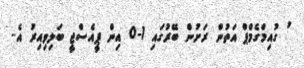
ު ގުއިމްގެމްޕް އަތުން ރަށުން ބޭރުގައި 1-0 އިން ޕީއެސްޖީ ބަލިވިއިރު އެ..